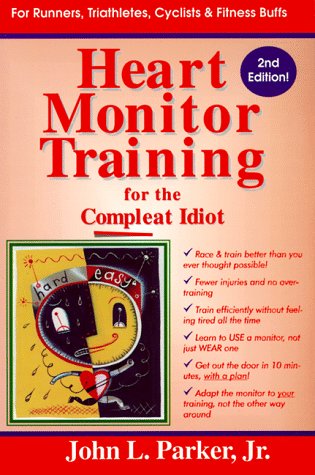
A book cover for Heart Monitor Training for the Compleat Idiot; John L. Parker; Health, Fitness & Dieting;